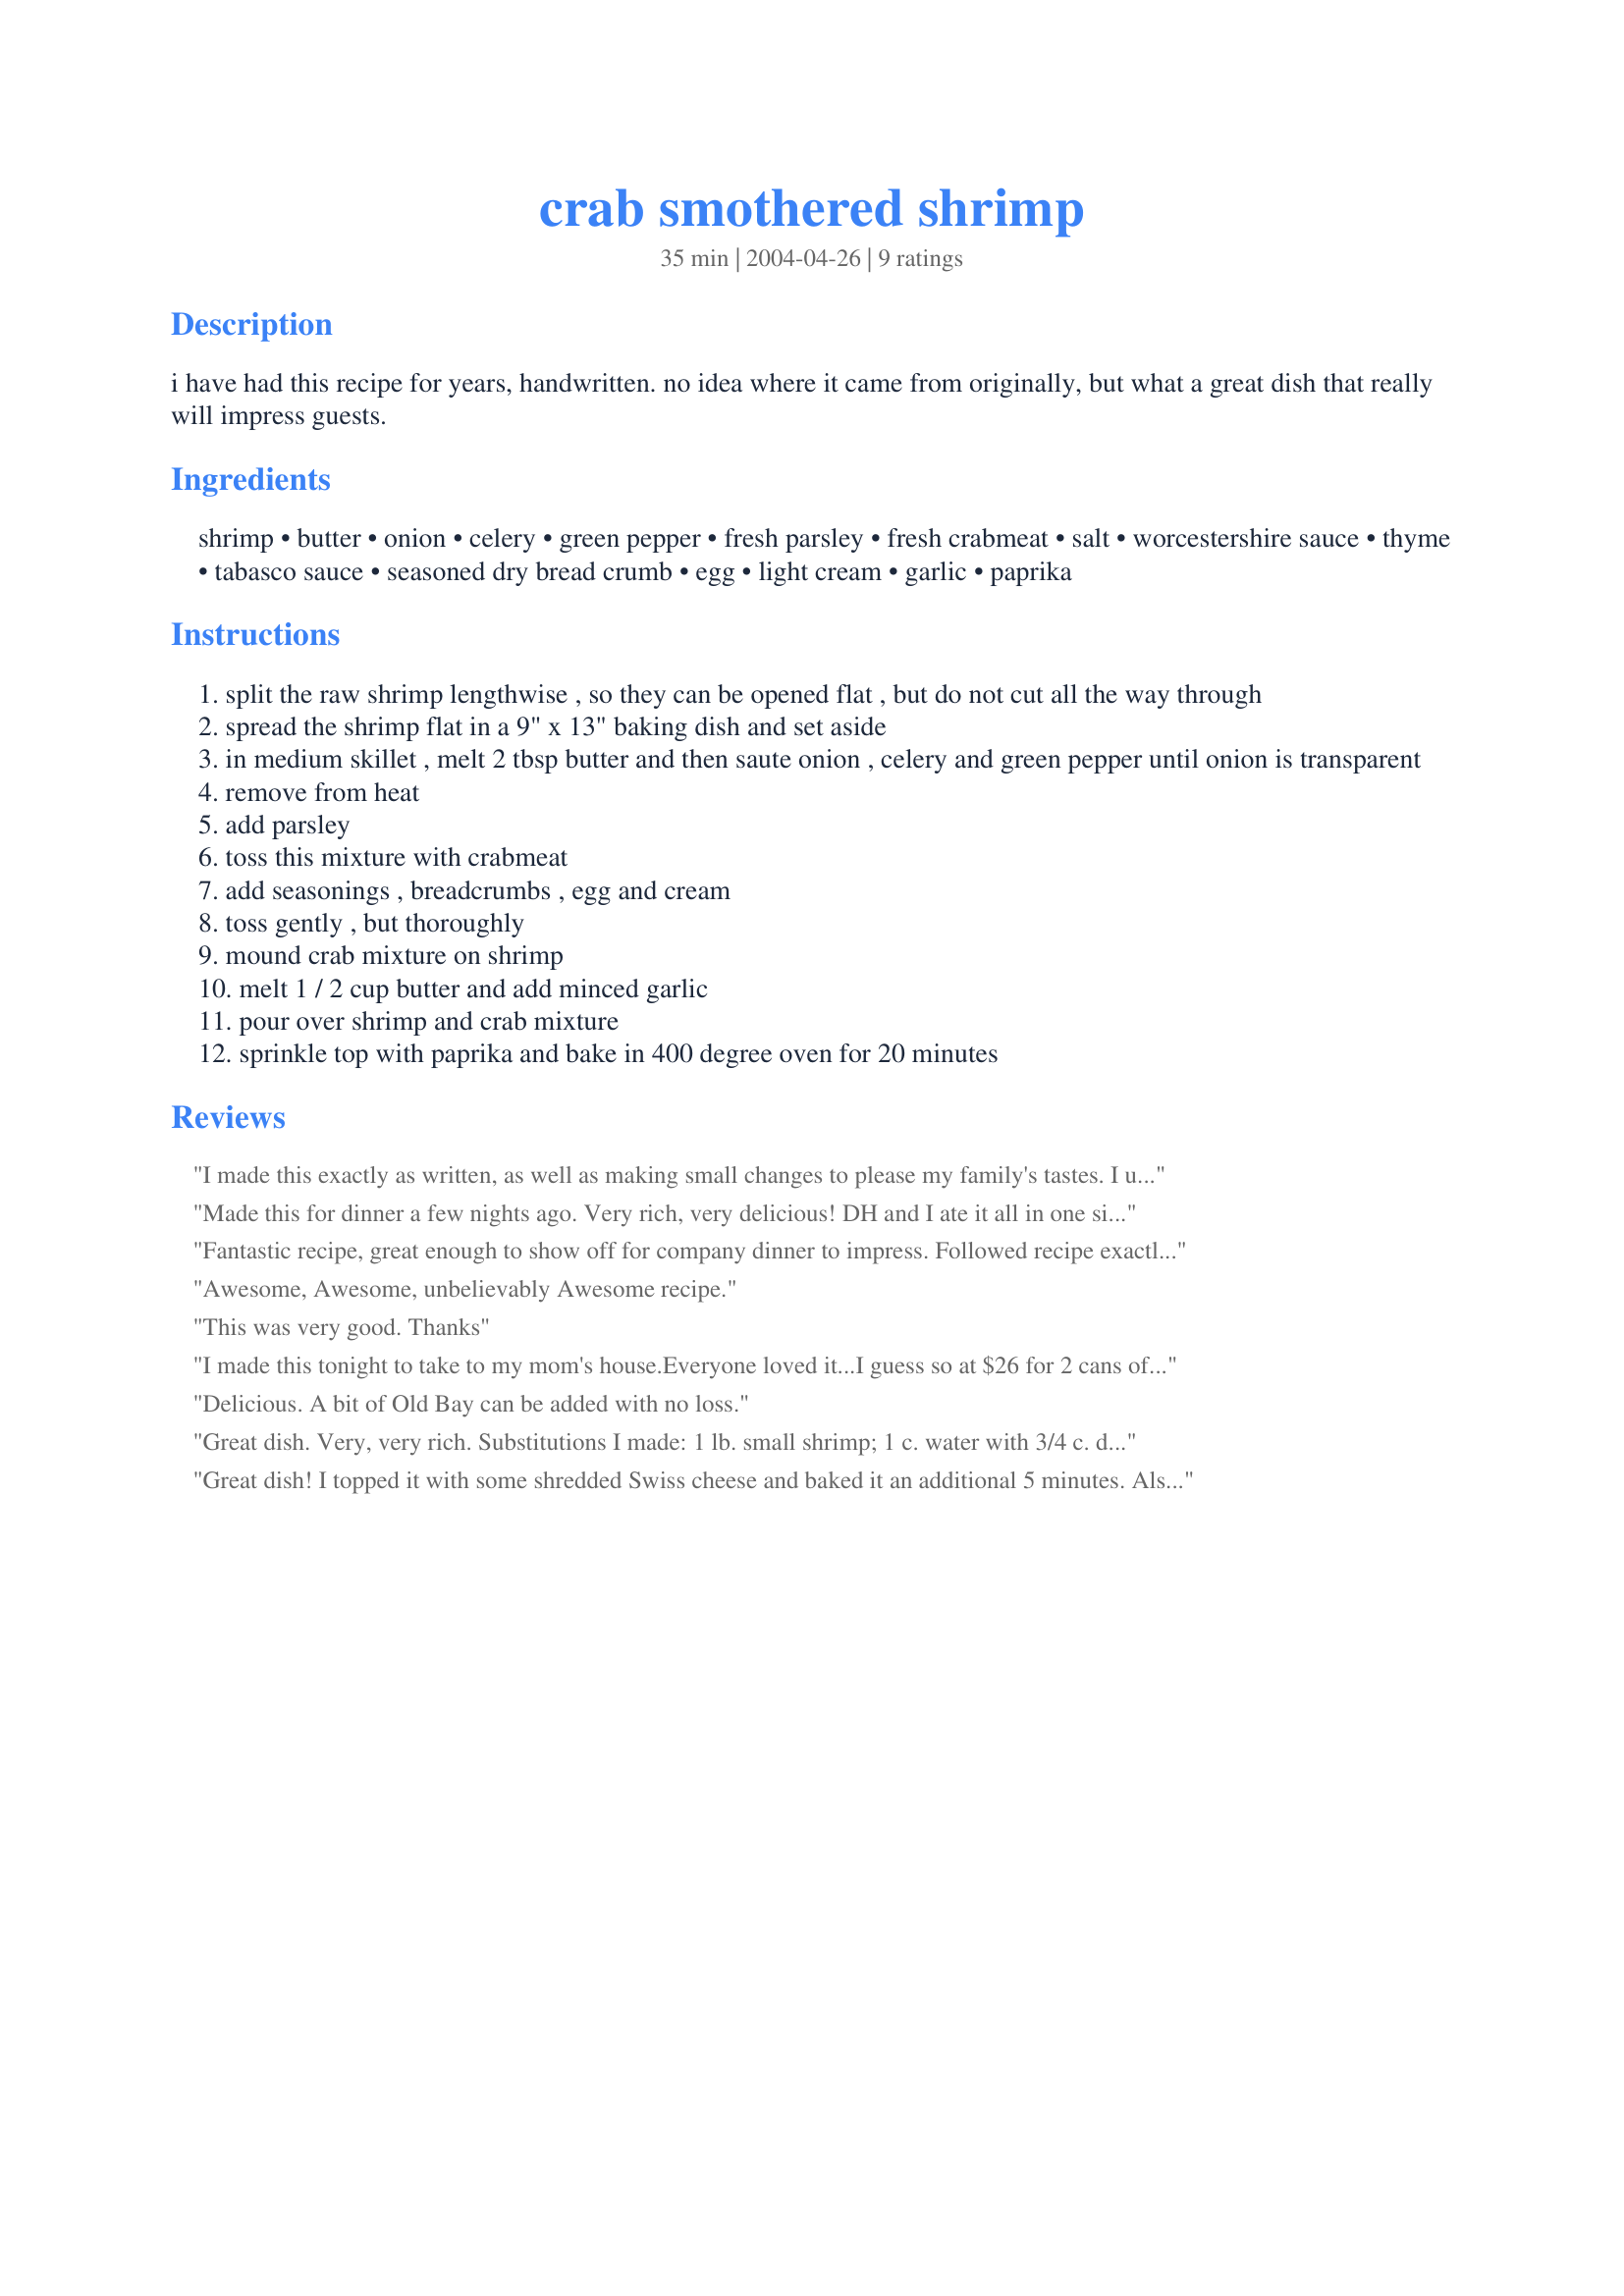
crab smothered shrimp
Preparation time: 35 minutes

i have had this recipe for years, handwritten. no idea where it came from originally, but what a great dish that really will impress guests.

Ingredients:
shrimp, butter, onion, celery, green pepper, fresh parsley, fresh crabmeat, salt, worcestershire sauce, thyme, tabasco sauce, seasoned dry bread crumb, egg, light cream, garlic, paprika

Steps:
split the raw shrimp lengthwise , so they can be opened flat , but do not cut all the way through
spread the shrimp flat in a 9" x 13" baking dish and set aside
in medium skillet , melt 2 tbsp butter and then saute onion , celery and green pepper until onion is transparent
remove from heat
add parsley
toss this mixture with crabmeat
add seasonings , breadcrumbs , egg and cream
toss gently , but thoroughly
mound crab mixture on shrimp
melt 1 / 2 cup butter and add minced garlic
pour over shrimp and crab mixture
sprinkle top with paprika and bake in 400 degree oven for 20 minutes

Reviews:
I made this exactly as written, as well as making small changes to please my family's tastes. I use imitation crab, leave out the breadcrumbs and replaced them with a finely shredded cheese (monterey jack for me), and definitely some Old Bay to kick it up a notch. I have made this recipe four times now, twice with the shrimp and twice with scallops replacing the shrimp cause I didn't have any. My DS LOVES this dish with the scallops, and my fiancee' loves it with the shrimp! I love it either way! Very delicious, and it makes you feel like you are eating above your budget, but your not.
Made this for dinner a few nights ago. Very rich, very delicious! DH and I ate it all in one sitting, despite serving 4, it was that good. I'd definitely make this again. Thanks!
Fantastic recipe, great enough to show off for company dinner to impress. Followed recipe exactly except being a very frugal cook, I used that packaged fake crabmeat and the dish still turned out excellent. Ok next time I will release the purse strings and get real crabmeat. Yes, there will definitely be a next time making this dish. Thanks Martha for a really good one.
Awesome, Awesome, unbelievably Awesome recipe.
This was very good. Thanks
I made this tonight to take to my mom's house.Everyone loved it...I guess so at $26 for 2 cans of crab! Though it was rather expensive to make I'm glad that I did. I left out the celery and green peppers...just didn't want them. I think that this will be a special occasion dish. Thanks for sharing!
Delicious. A bit of Old Bay can be added with no loss.
Great dish. Very, very rich. Substitutions I made: 1 lb. small shrimp; 1 c. water with 3/4 c. dry skim milk; imitation crab meat. I also first put 2 c. cooked white rice on the bottom of the pan rather than serving on the side. This turned out to be a good idea anyway as I realized too late that I was out of eggs, so I simply increased the breadcrumbs to 3/4 c. and prayed the rice would soak up any excess liquid. It was wonderful, great flavor, and I will certainly make it again. Although the celery was a bit excessive; I will reduce to 1/2 c. next time. Also, by adding the rice, I feel this makes more like 6-8 servings.
Great dish! I topped it with some shredded Swiss cheese and baked it an additional 5 minutes. Also, I used medium shrimp but didn't butterfly them. Worked great! Definitely a keeper!
